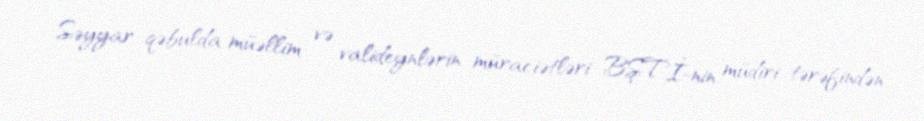
Səyyar qəbulda müəllim və valideynlərin müraciətləri BŞTİ-nin müdiri tərəfindən